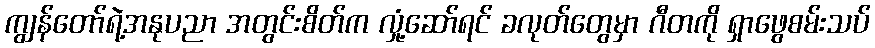
ကျွန်တော်ရဲ့အနုပညာ အတွင်းစိတ်က လှုံ့ဆော်ရင် ခလုတ်တွေမှာ ဂီတကို ရှာဖွေစမ်းသပ်